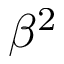
\beta ^ { 2 }